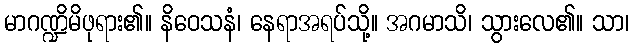
မာဂဏ္ဍိမိဖုရား၏။ နိဝေသနံ၊ နေရာအရပ်သို့။ အဂမာသိ၊ သွားလေ၏။ သာ၊